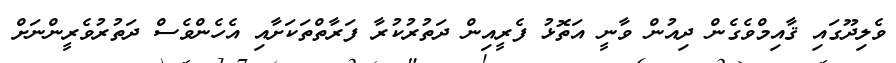
ވެލިދޫގައި ޤާއިމްވެގެން ދިއުން ވާނީ އަތޮޅު ފެރީއިން ދަތުރުކުރާ ފަރާތްތަކަށާއި އެހެންވެސް ދަތުރުވެރީންނަށް